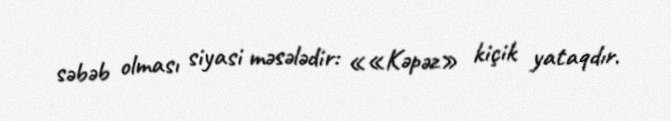
səbəb olması siyasi məsələdir: ««Kəpəz» kiçik yataqdır.